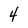
Character: 4